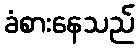
ခံစားနေသည်